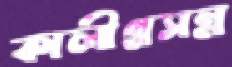
কালীপ্রসন্ন